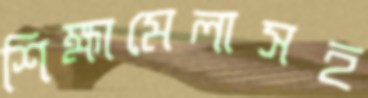
শিক্ষামেলাসহ